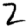
Digit: 2